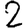
Digit: 2